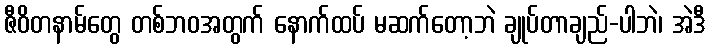
ဇီဝိတနာမ်တွေ တစ်ဘဝအတွက် နောက်ထပ် မဆက်တော့ဘဲ ချုပ်တာချည်-ပါဘဲ၊ အဲဒီ